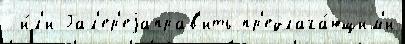
 и́л'и Гал'ер'еjаправ'ить пр'едлага́ющим'и